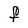
Character: F